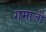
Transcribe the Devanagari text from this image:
गमाजी